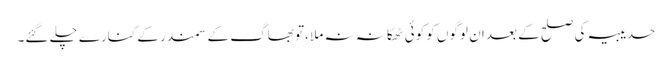
حدیبیہ کی صلح کے بعد ان لوگوں کو کوئی ٹھکانہ نہ ملا ،تو بھاگ کے سمندر کے کنارے چلے گئے۔